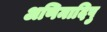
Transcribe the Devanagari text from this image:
अणिमादिषु